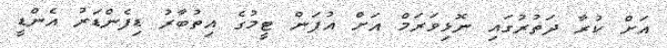
އަށް ކުރާ ދަތުރުގައި ނޮޅިވަރަމް އަށް އުފަން ޓީމުގެ އިތުބާރު ޑިފެންޑަރު އެންޑީީ